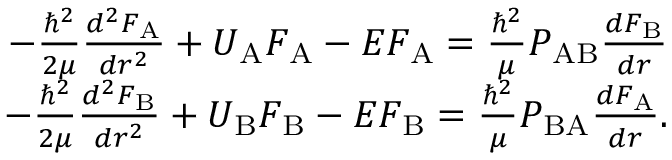
\begin{array} { r } { - \frac { \hbar ^ { 2 } } { 2 \mu } \frac { d ^ { 2 } F _ { \mathrm { A } } } { d r ^ { 2 } } + U _ { \mathrm { A } } F _ { \mathrm { A } } - E F _ { \mathrm { A } } = \frac { \hbar ^ { 2 } } { \mu } P _ { \mathrm { A B } } \frac { d F _ { \mathrm { B } } } { d r } } \\ { - \frac { \hbar ^ { 2 } } { 2 \mu } \frac { d ^ { 2 } F _ { \mathrm { B } } } { d r ^ { 2 } } + U _ { \mathrm { B } } F _ { \mathrm { B } } - E F _ { \mathrm { B } } = \frac { \hbar ^ { 2 } } { \mu } P _ { \mathrm { B A } } \frac { d F _ { \mathrm { A } } } { d r } . } \end{array}